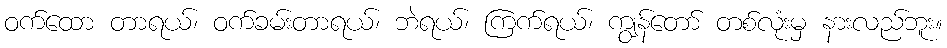
ဝက်ထော တာရယ်၊ ဝက်ခမ်းတာရယ်၊ ဘဲရယ်၊ ကြက်ရယ်၊ ကျွန်တော် တစ်လုံးမှ နားလည်ဘူး။